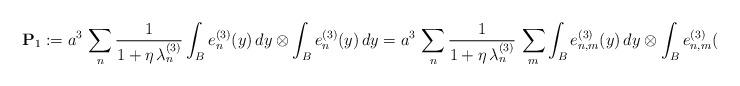
LaTeX: \begin{align*}{\bf{P}}_{1} := a^{3} \, \sum_{n} \frac{1}{1 + \eta \, \lambda_{n}^{(3)}} \int_{B}e_n^{(3)}(y)\,dy\otimes\int_{B}e_n^{(3)}(y)\,dy = a^{3} \, \sum_{n} \frac{1}{1 + \eta \, \lambda_{n}^{(3)}} \, \sum_{m} \int_{B}e_{n,m}^{(3)}(y)\,dy\otimes\int_{B}e_{n,m}^{(3)}(y)\,dy, \end{align*}